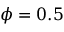
\phi = 0 . 5